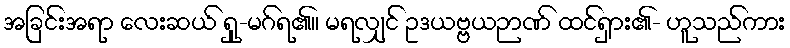
အခြင်းအရာ လေးဆယ် ရှု-မဂ်ရ၏။ မရလျှင် ဥဒယဗ္ဗယဉာဏ် ထင်ရှား၏- ဟူသည်ကား